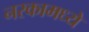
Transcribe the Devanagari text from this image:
नरकामध्ये